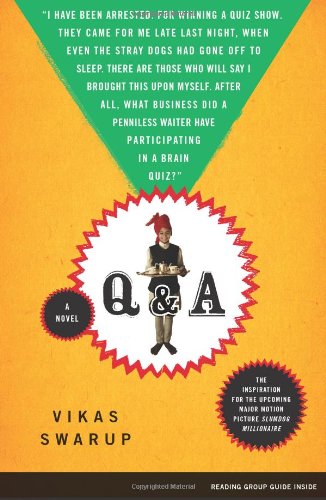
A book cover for Q & A: A Novel; Vikas Swarup; Literature & Fiction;